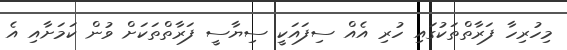
މިހުރިހާ ފަރާތްތަކުގައި ހުރި އެއް ސިފައަކީ ސިޔާސީ ފަރާތްތަކަށް ވުން ކަމަށާއި އެ